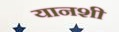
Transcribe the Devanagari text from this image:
यानशी